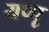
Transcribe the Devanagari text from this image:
यप्पू